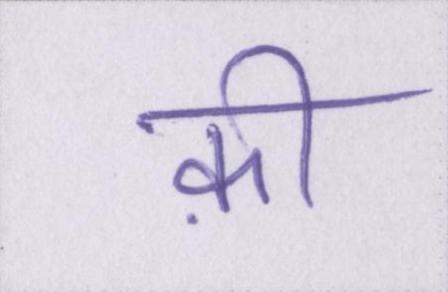
क़ी